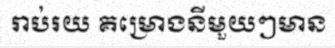
រាប់រយ គម្រោងនីមួយៗមាន